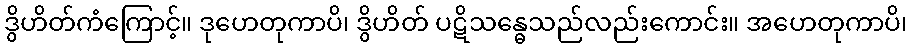
ဒွိဟိတ်ကံကြောင့်။ ဒုဟေတုကာပိ၊ ဒွိဟိတ် ပဋိသန္ဓေသည်လည်းကောင်း။ အဟေတုကာပိ၊